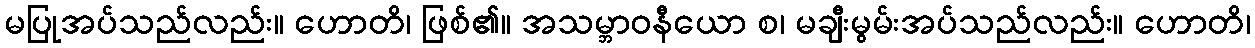
မပြုအပ်သည်လည်း။ ဟောတိ၊ ဖြစ်၏။ အသမ္ဘာဝနီယော စ၊ မချီးမွမ်းအပ်သည်လည်း။ ဟောတိ၊